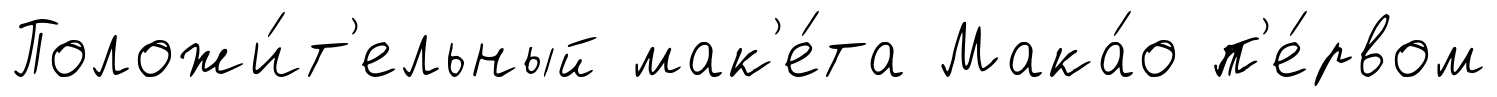
Положи́т'ельный мак'е́та Мака́о п'е́рвом